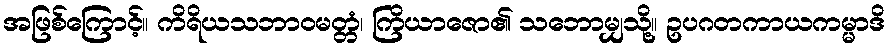
အဖြစ်ကြောင့်။ ကိရိယသဘာဝမတ္တံ၊ ကြိယာဇော၏ သဘောမျှသို့။ ဥပဂတကာယကမ္မာဒိ